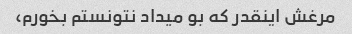
مرغش اینقدر که بو میداد نتونستم بخورم،